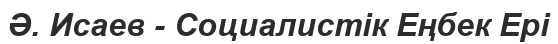
Ә. Исаев - Социалистік Еңбек Ері